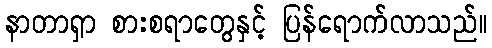
နာတာရှာ စားစရာတွေနှင့် ပြန်ရောက်လာသည်။